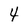
Character: 4